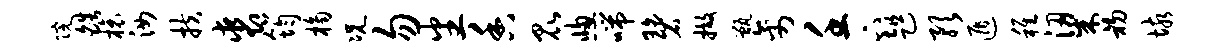
院皓榱汝扶裘筠桷况勿番香昆窗喘碧撤甑禽壬下趄预遁稚梁初垓